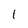
Character: 1